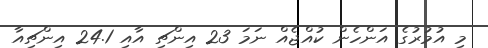
މި އުމުރުގެ އަންހެން ކުއްޖެއް ނަމަ 23 އިންޗި އާއި 24.1 އިންޗިއާ